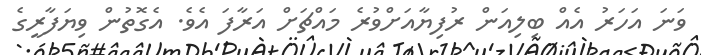
ވަނަ އަހަރު އެއް ބިލިއަން ރުފިޔާއަށްވުރެ މައްޗަށް އަރާފަ އެވެ. އެގޮތުން ވިޔަފާރީގެ